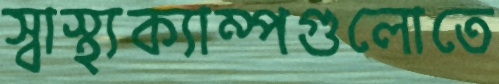
স্বাস্থ্যক্যাম্পগুলোতে